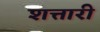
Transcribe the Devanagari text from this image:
शत्तारी